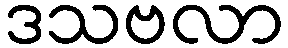
ဒသဗလာ